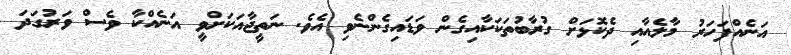
އަނެއްފަހަރު މާލެއާއި ދެކޮޅަށް ގުރާބުތަކަކާއިގެން ވަޑައިގެންނެވި އެވެ. ނަތީޖާއަކަށްވީ އަނެއްކާ ވެސް ވަރުގަދަ